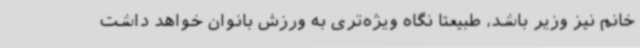
خانم نیز وزیر باشد، طبیعتا نگاه ویژه‌تری به ورزش بانوان خواهد داشت